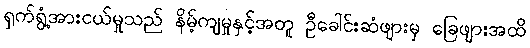
ရှက်ရွံ့အားငယ်မှုသည် နိမ့်ကျမှုနှင့်အတူ ဦခေါင်းဆံဖျားမှ ခြေဖျားအထိ